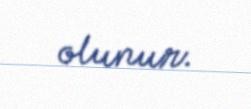
olunur.